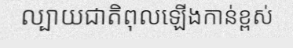
ល្បាយជាតិពុលឡើងកាន់ខ្ពស់